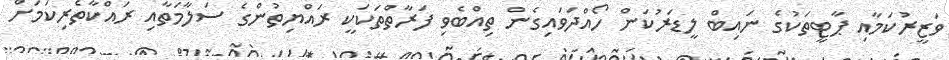
ވަޒީރުކަމާއި ޕާޓީތަކުގެ ނައިބް ލީޑަރުކަން ހޯއްދަވައިގެން ތިއްބެވި ފަރާތްތަކަކީ ރައްޔިތުންގެ ސަލާމަތާއި ރައްކާތެރިކަމަށް